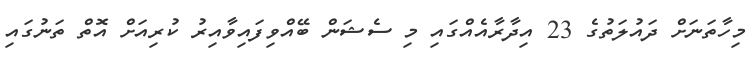
މިހާތަނަށް ދައުލަތުގެ 23 އިދާރާއެއްގައި މި ސެޝަން ބޭއްވިފައިވާއިރު ކުރިއަށް އޮތް ތަނުގައި